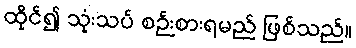
ထိုင်၍ သုံးသပ် စဉ်းစားရမည် ဖြစ်သည်။